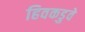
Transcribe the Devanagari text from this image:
हिवकडुवे